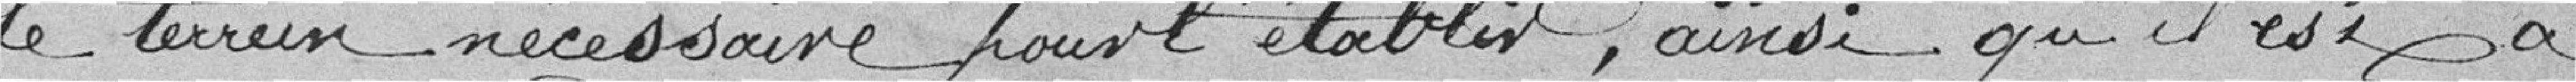
le terrain nécéssaire pour l'établir, ainsi qu'il est à